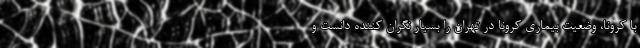
با کرونا، وضعیت بیماری کرونا در تهران را بسیار نگران کننده دانست و